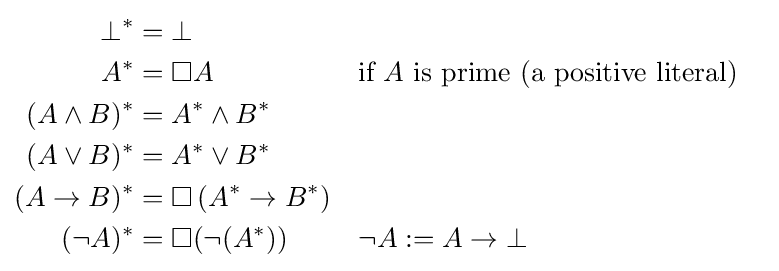
{\begin{aligned}\bot ^{*}&=\bot \\A^{*}&=\Box A&&{\text{if }}A{\text{ is prime (a positive literal)}}\\(A\wedge B)^{*}&=A^{*}\wedge B^{*}\\(A\vee B)^{*}&=A^{*}\vee B^{*}\\(A\to B)^{*}&=\Box \left(A^{*}\to B^{*}\right)\\(\neg A)^{*}&=\Box (\neg (A^{*}))&&\neg A:=A\to \bot \end{aligned}}